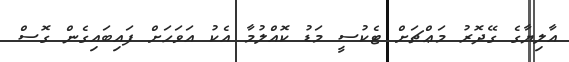
އާލިޔާގެ ގޭދޮރު މަޢްޗަށް ޓެކުސީ މަޑު ކޮއްލުމާ އެކު އަވަހަށް ފައިބައިގެން ގޮސް